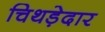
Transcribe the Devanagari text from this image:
चिथड़ेदार